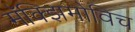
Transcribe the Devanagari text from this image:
मॅक्झिमोविच